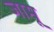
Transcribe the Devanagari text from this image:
जामू